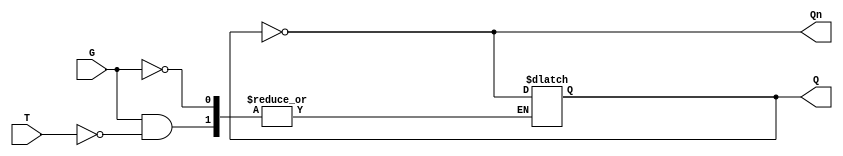
module GatedT_Latch (
    input wire T,    // Toggle input
    input wire G,    // Gate signal
    output reg Q,    // Output
    output wire Qn   // Complement output
);

    assign Qn = ~Q; // Complement output

    always @(*) begin
        if (G) begin
            if (T) begin
                Q <= ~Q; // Toggle state
            end
            // If T is low, Q remains unchanged
        end
        // If G is low, Q remains unchanged
    end

endmodule